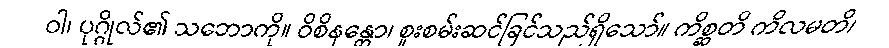
ဝါ၊ ပုဂ္ဂိုလ်၏ သဘောကို။ ဝိစိနန္တော၊ စူးစမ်းဆင်ခြင်သည်ရှိသော်။ ကိစ္ဆတိ ကိလမတိ၊